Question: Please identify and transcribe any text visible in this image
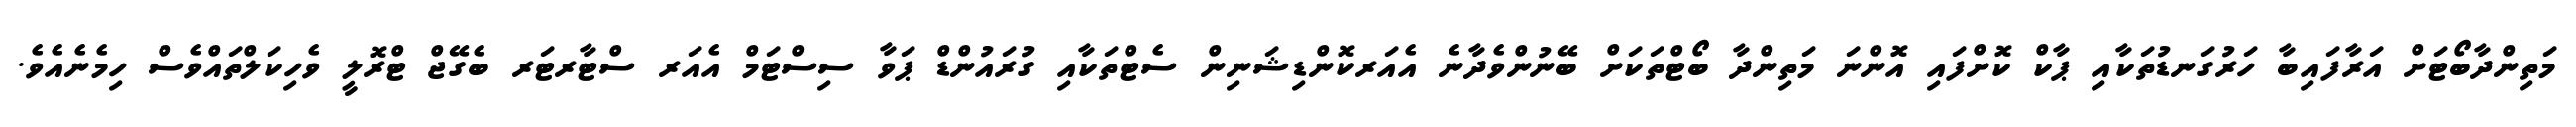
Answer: މަތިންދާބޯޓަށް އަރާފައިބާ ހަރުގަނޑުތަކާއި ޕާކް ކޮށްފައި އޮންނަ މަތިންދާ ބޯޓްތަކަށް ބޭނުންވެދާނެ އެއަރކޮންޑިޝަނިން ސެޓްތަކާއި ގުރައުންޑް ޕަވާ ސިސްޓަމް އެއަރ ސްޓާރޓަރ ބެގޭޖް ޓްރޮލީ ވެހިކަލްތައްވެސް ހިމެނެއެވެ.